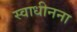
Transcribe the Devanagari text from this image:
स्वाधीनना